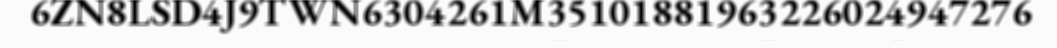
6ZN8LSD4J9TWN6304261M35101881963226024947276